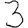
Digit: 3